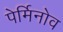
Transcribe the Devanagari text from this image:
पेर्मिनोव